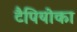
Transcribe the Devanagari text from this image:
टैपियोका